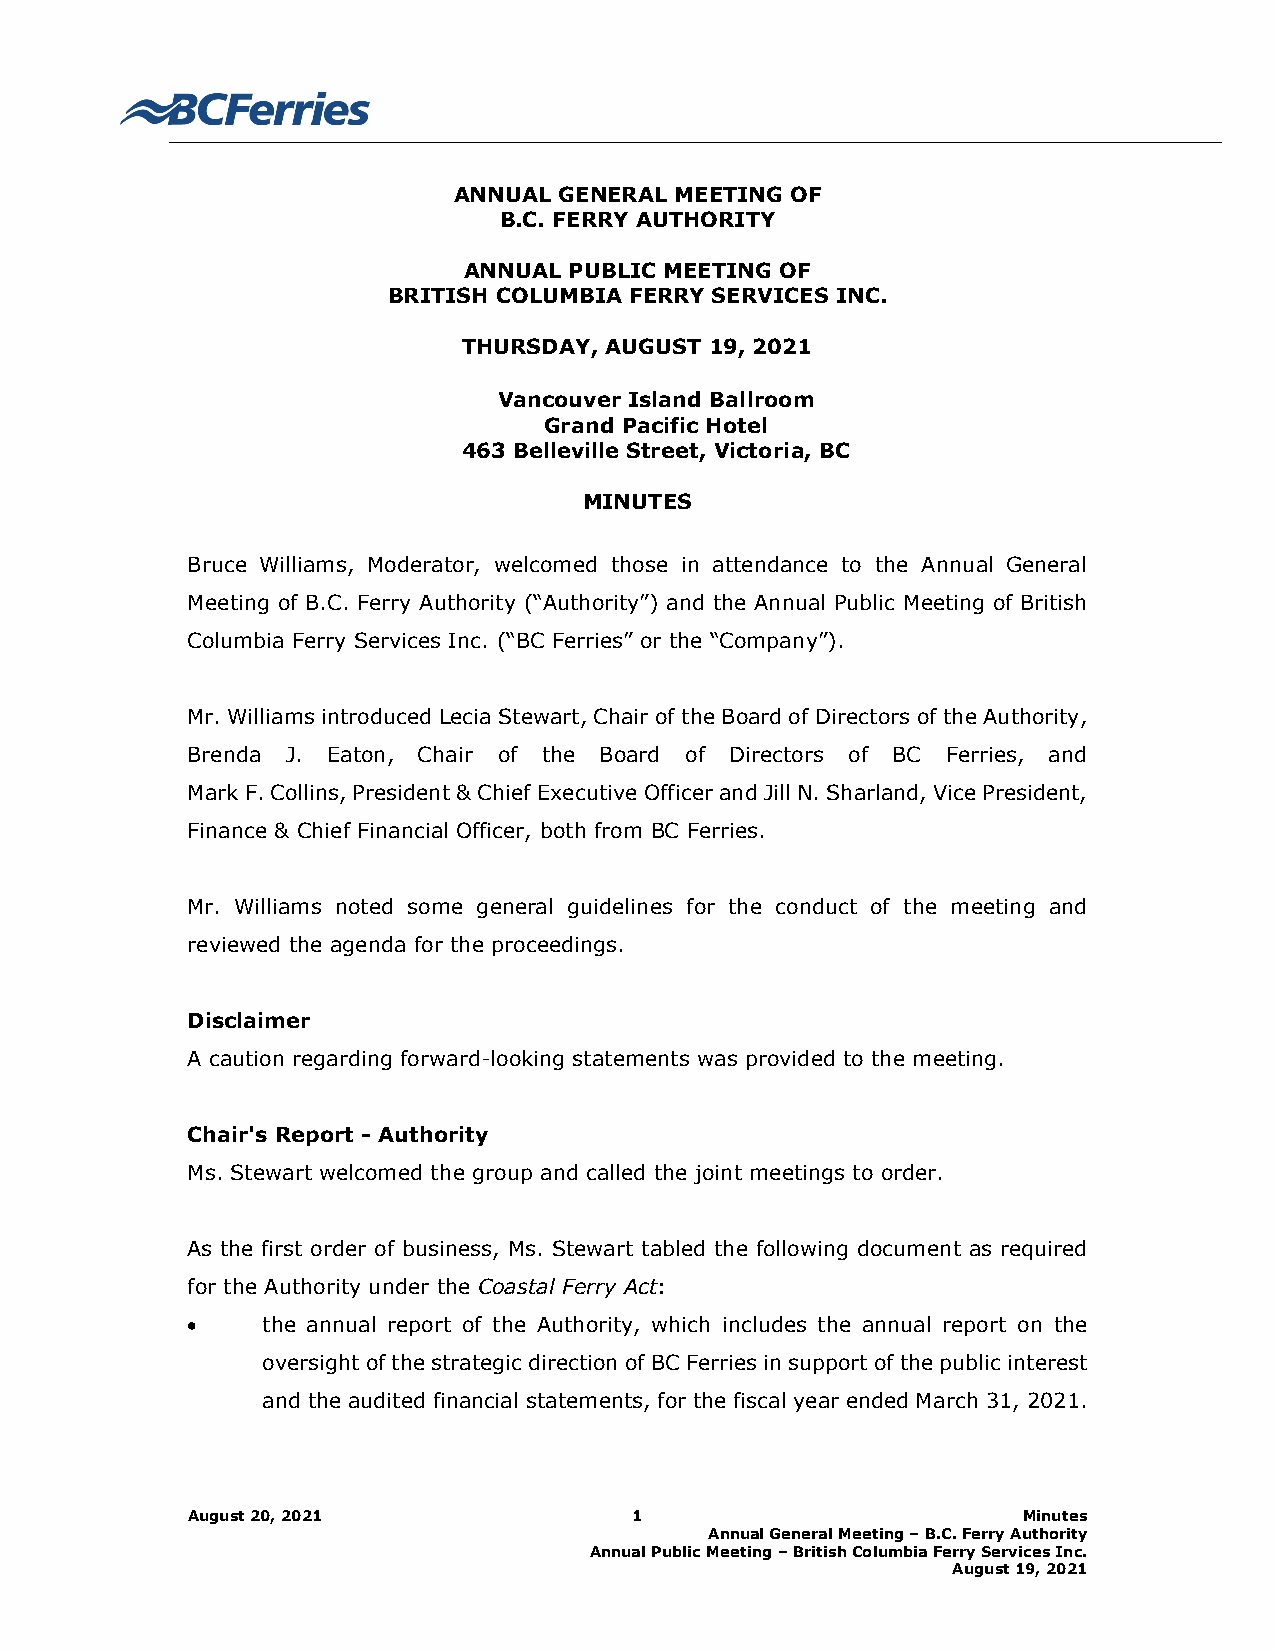
ANNUAL GENERAL MEETING OF
 B.C. FERRY AUTHORITY
 ANNUAL PUBLIC MEETING OF
 BRITISH COLUMBIA FERRY SERVICES INC.
 THURSDAY, AUGUST 19, 2021
 Vancouver Island Ballroom
 Grand Pacific Hotel
 463 Belleville Street, Victoria, BC
 MINUTES
 Bruce Williams, Moderator, welcomed those in attendance to the Annual General
 Meeting of B.C. Ferry Authority (“Authority”) and the Annual Public Meeting of British
 Columbia Ferry Services Inc. (“BC Ferries” or the “Company”).
 Mr. Williams introduced Lecia Stewart, Chair of the Board of Directors of the Authority,
 Brenda J. Eaton, Chair of the Board of Directors of BC Ferries, and
 Mark F. Collins, President & Chief Executive Officer and Jill N. Sharland, Vice President,
 Finance & Chief Financial Officer, both from BC Ferries.
 Mr. Williams noted some general guidelines for the conduct of the meeting and
 reviewed the agenda for the proceedings.
 Disclaimer
 A caution regarding forward-looking statements was provided to the meeting.
 Chair's Report - Authority
 Ms. Stewart welcomed the group and called the joint meetings to order.
 As the first order of business, Ms. Stewart tabled the following document as required
 for the Authority under the Coastal Ferry Act:
 •    the annual report of the Authority, which includes the annual report on the
 oversight of the strategic direction of BC Ferries in support of the public interest
 and the audited financial statements, for the fiscal year ended March 31, 2021.
 August 20, 2021               1                         Minutes
 Annual General Meeting – B.C. Ferry Authority
 Annual Public Meeting – British Columbia Ferry Services Inc.
 August 19, 2021